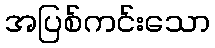
အပြစ်ကင်းသော